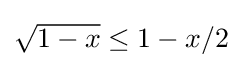
{\textstyle {\sqrt {1-x}}\leq 1-x/2}